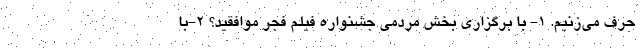
حرف می‌زنیم. 1- با برگزاری بخش مردمی جشنواره فیلم فجر موافقید؟ 2-با